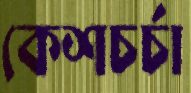
কেশচর্চা